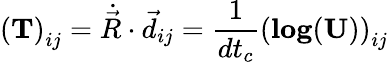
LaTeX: \left(\mathbf{T}\right)_{ij}=\dot{\vec{R}}\cdot\vec{d}_{ij}=\frac{1}{dt_{c}}\left(\mathbf{log}(\mathbf{U})\right)_{ij}